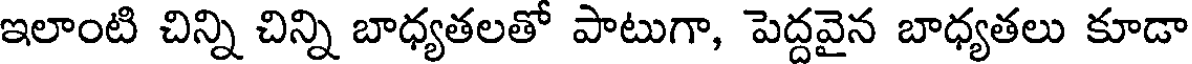
ఇలాంటి చిన్ని చిన్ని బాధ్యతలతో పాటుగా, పెద్దవైన బాధ్యతలు కూడా